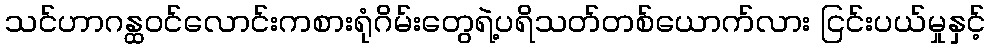
သင်ဟာဂန္ထဝင်လောင်းကစားရုံဂိမ်းတွေရဲ့ပရိသတ်တစ်ယောက်လား ငြင်းပယ်မှုနှင့်